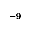
^ { - 9 }